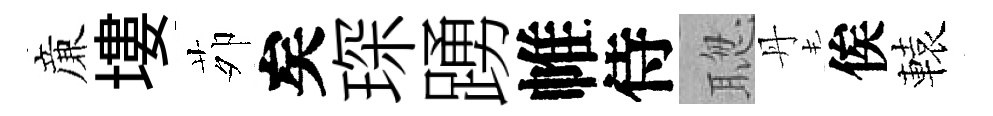
亷塿茆矣琛踴帷侍聦丹俟轅